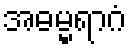
အဓမ္မရာဂံ